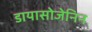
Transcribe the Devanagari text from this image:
डायासोजेनिन